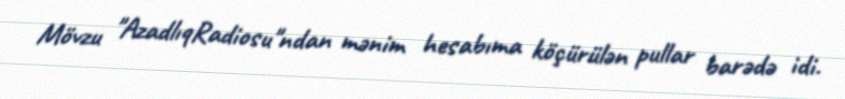
Mövzu "AzadlıqRadiosu"ndan mənim hesabıma köçürülən pullar barədə idi.